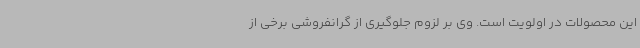
این محصولات در اولویت است. وی بر لزوم جلوگیری از گرانفروشی برخی از